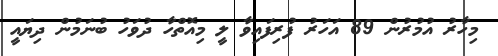
މިހާރު އުމުރުން 89 އަހަރު ފުރިފައިވާ ލީ މިއޮތްހާ ދުވަހު ބުނަމުން ދިޔައީ